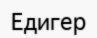
Едигер